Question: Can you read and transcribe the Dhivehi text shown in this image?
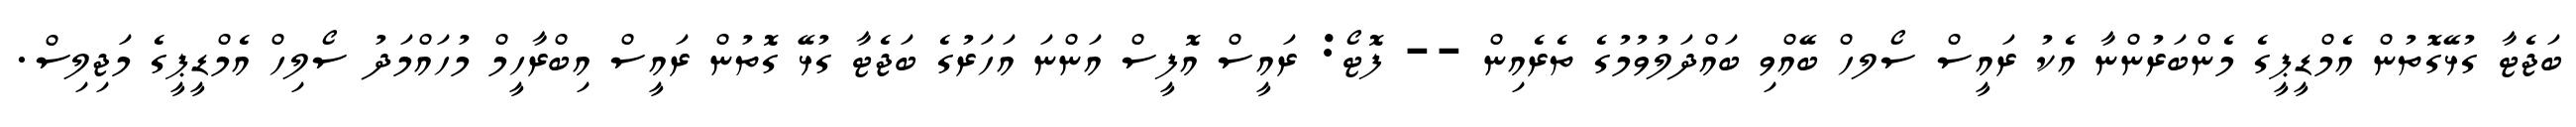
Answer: ބަޖެޓާ ގުޅޭގޮތުން އެމްޑީޕީގެ މެންބަރުންނާ އެކު ރައީސް ސޯލހް ބޭއްވި ބައްދަލުވުމުގެ ތެރެއިން -- ފޮޓޯ: ރައީސް އޮފީސް އަންނަ އަހަރުގެ ބަޖެޓާ ގުޅޭ ގޮތުން ރައީސް އިބްރާހީމް މުހައްމަދު ސޯލިހް އެމްޑީޕީގެ މަޖިލިސް.